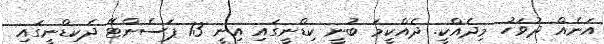
އަނެއް ދުވަހު މިދެއްކީ. ދެއްކީމަ ބުނީ ކިޑްނީގައި އިނީ 13 ޕަސެންޓޭ ދެކިޑްނީގައި